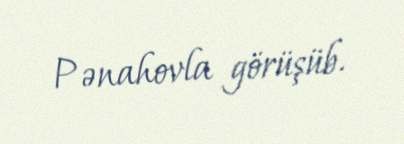
Pənahovla görüşüb.